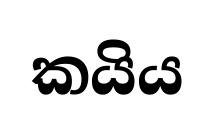
කයිය